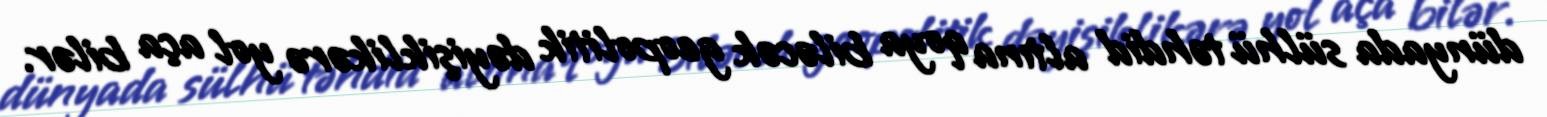
dünyada sülhü təhdid altına qoya biləcək geopolitik dəyişiklikərə yol aça bilər.